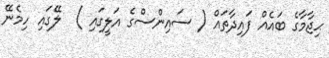
ޙިޖާމާގެ ބައެއް ފައިދާތައް ( ސައިންސްގެ އަލީގައި )  ލޭގައި ހިމެނޭ